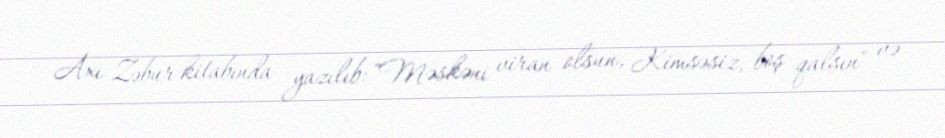
Axı Zəbur kitabında yazılıb: "Məskəni viran olsun, Kimsəsiz, boş qalsın" və